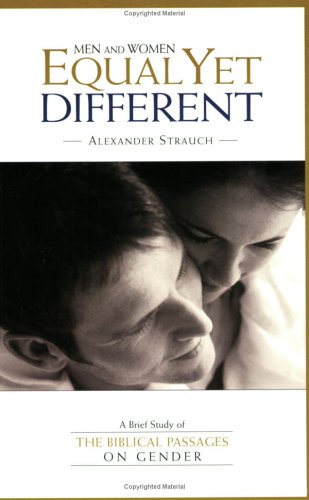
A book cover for Men and Women, Equal Yet Different: A Brief Study of the Biblical Passages on Gender; Alexander Strauch; Christian Books & Bibles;